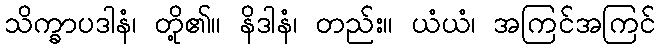
သိက္ခာပဒါနံ၊ တို့၏။ နိဒါနံ၊ တည်း။ ယံယံ၊ အကြင်အကြင်